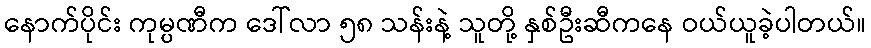
နောက်ပိုင်း ကုမ္ပဏီက ဒေါ်လာ ၅၈ သန်းနဲ့ သူတို့ နှစ်ဦးဆီကနေ ဝယ်ယူခဲ့ပါတယ်။